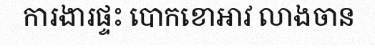
ការងារផ្ទះ បោកខោអាវ លាងចាន